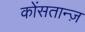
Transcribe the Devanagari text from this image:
कोंसतान्ज़